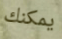
يمكنك